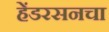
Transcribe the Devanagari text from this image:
हेंडरसनचा